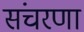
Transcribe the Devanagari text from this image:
संचरणा